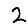
Digit: 2